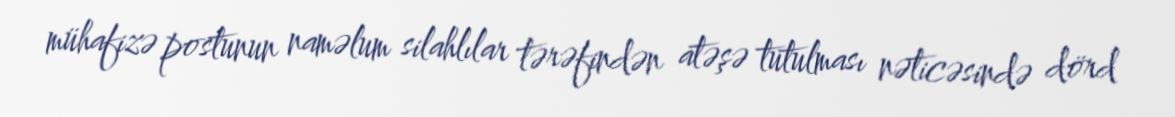
mühafizə postunun naməlum silahlılar tərəfindən atəşə tutulması nəticəsində dörd